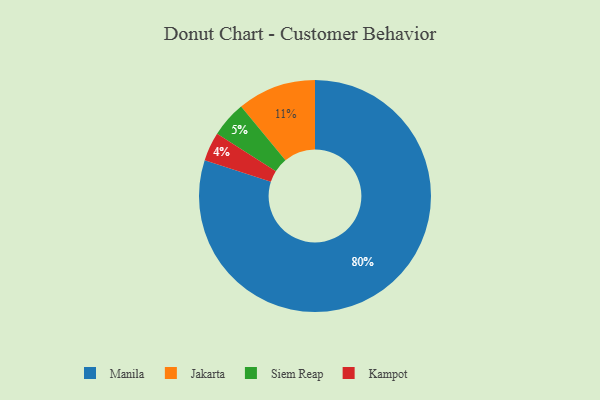
{"axis": {"x": "Category", "y": "Percentage"}, "legend": ["Jakarta", "Kampot", "Manila", "Siem Reap"], "data": [{"x": "Siem Reap", "y": 5, "type": "Siem Reap"}, {"x": "Manila", "y": 80, "type": "Manila"}, {"x": "Jakarta", "y": 11, "type": "Jakarta"}, {"x": "Kampot", "y": 4, "type": "Kampot"}]}